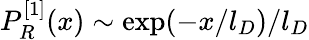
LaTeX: P_{R}^{[1]}(x)\sim\exp(-x/l_{D})/l_{D}